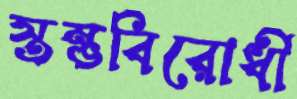
স্তম্ভবিরোধী